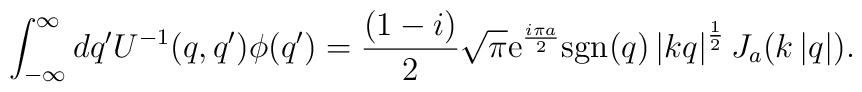
\int_{-\infty}^{\infty} dq' U^{-1}(q,q') \phi(q')=  \frac{(1-i)}{2}\sqrt{\pi} \mbox{e}^{\frac{i\pi a}{2}}  \mbox{sgn}(q) \left|kq\right|^{\frac{1}{2}} J_a(k\left|q\right|).